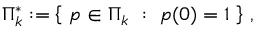
\Pi _ { k } ^ { * } : = \left\lbrace \ p \in \Pi _ { k } \ : \ p ( 0 ) = 1 \ \right\rbrace \, ,